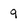
Character: 9